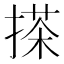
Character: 搽